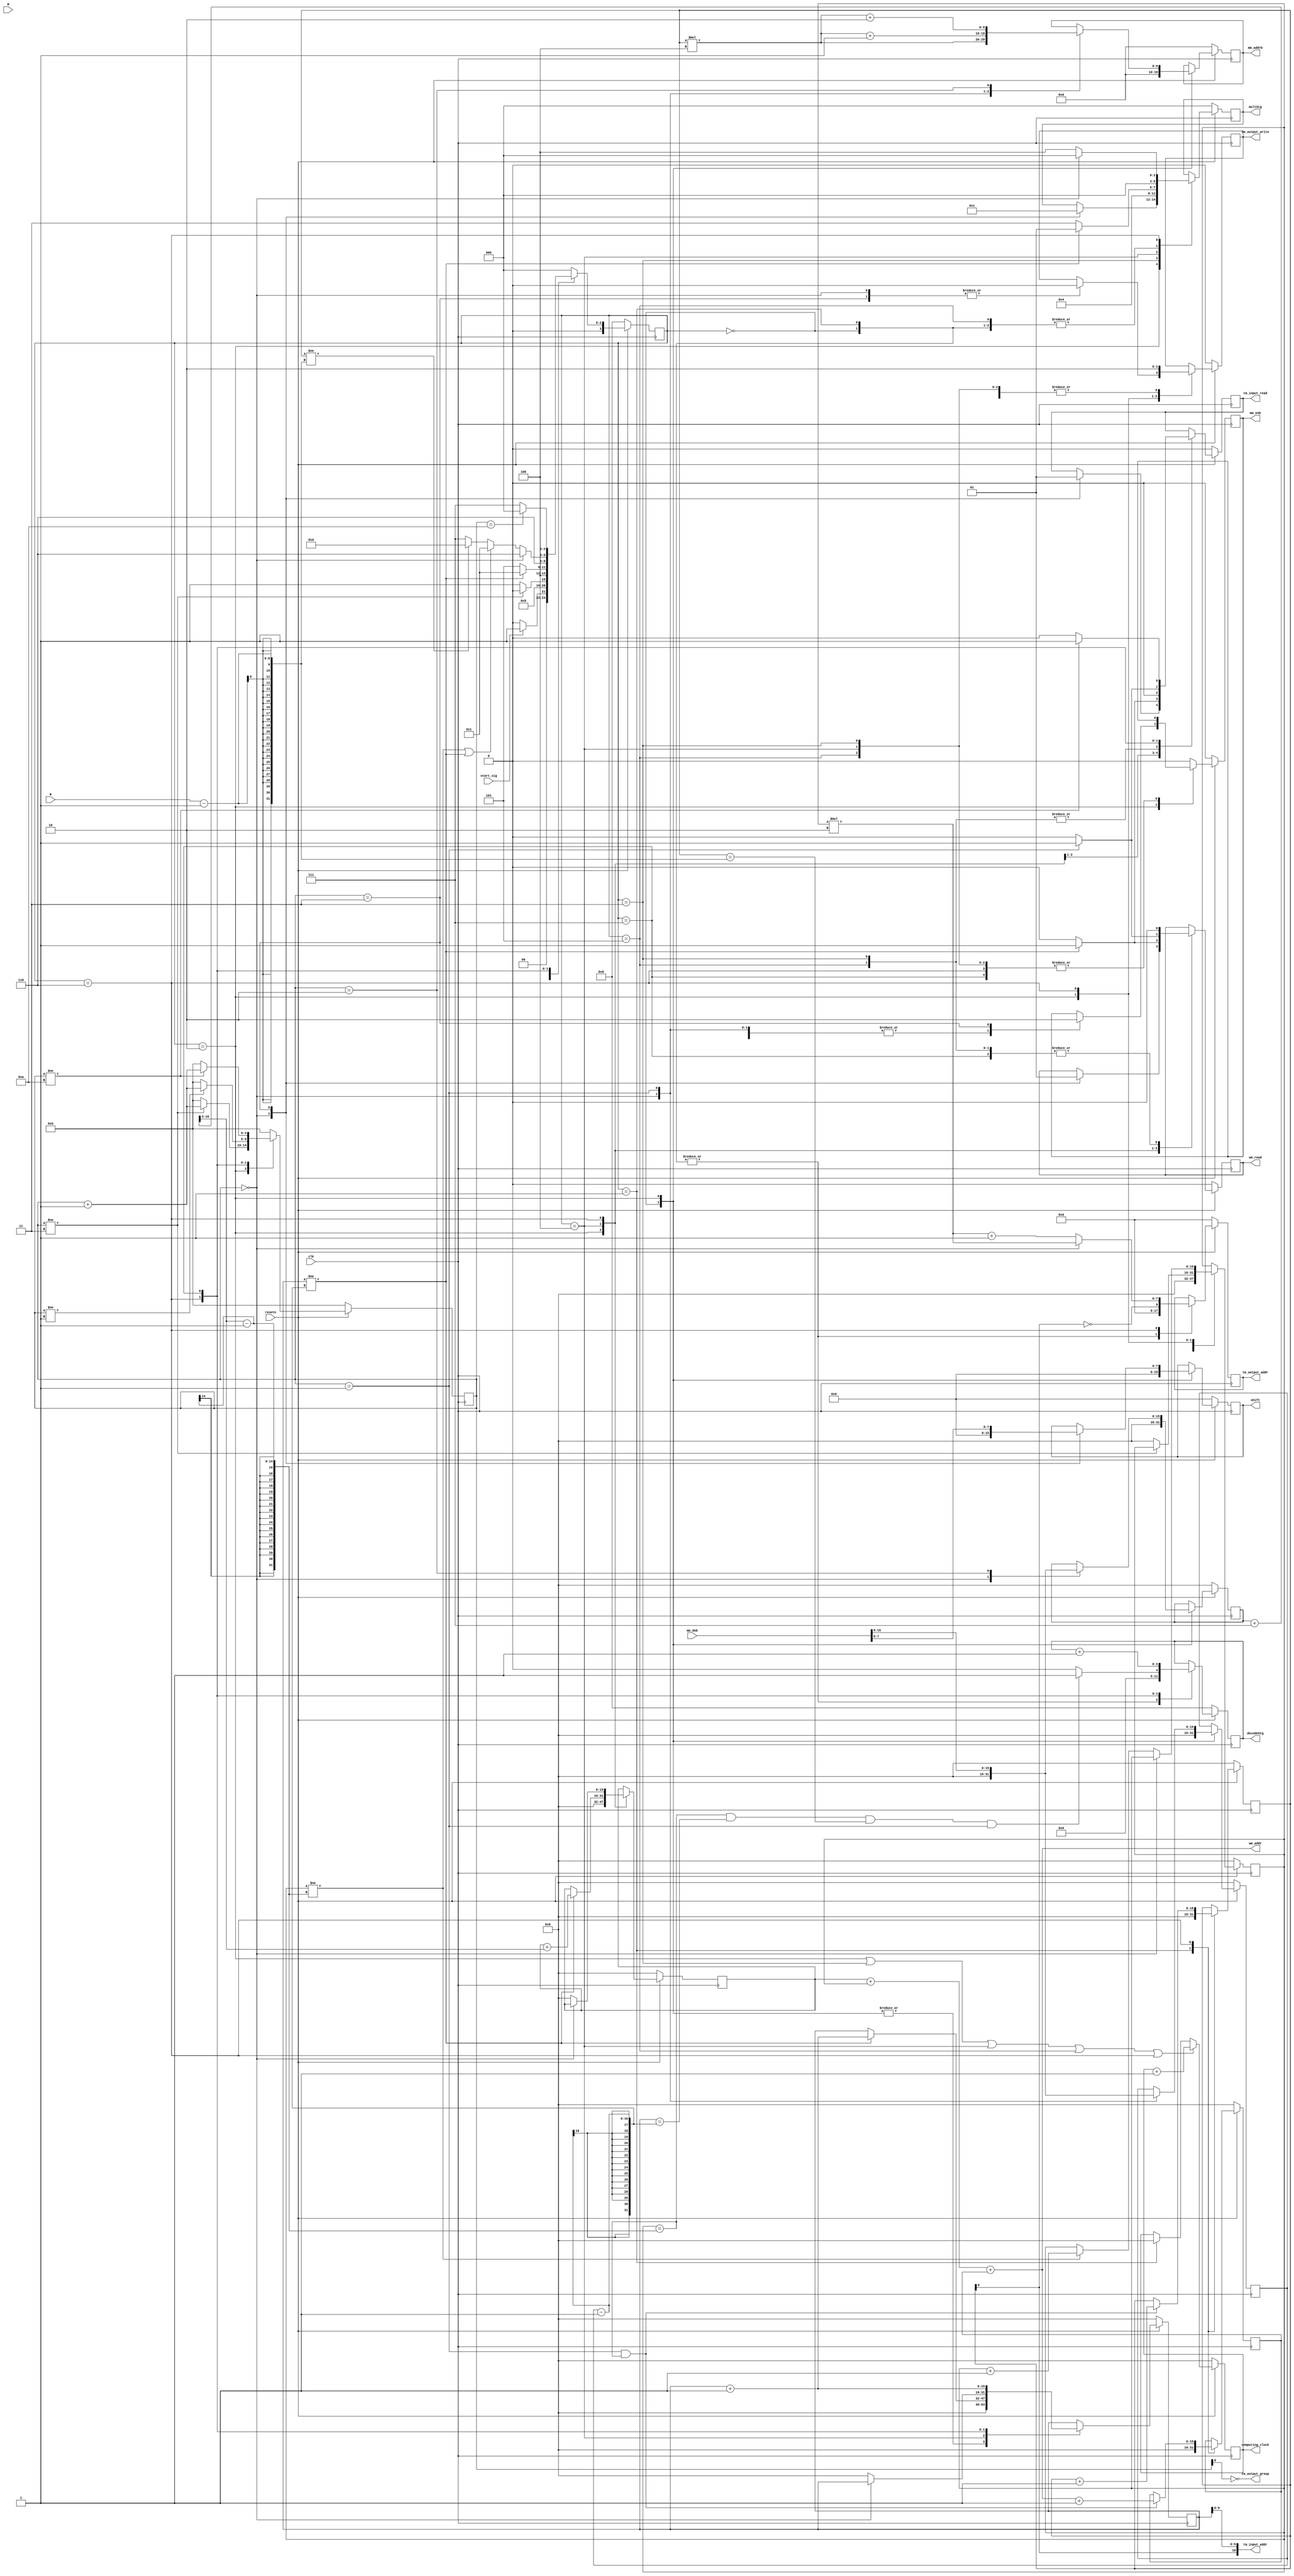
`timescale 1ns / 1ps
//////////////////////////////////////////////////////////////////////////////////
// Company: 
// Engineer: 
// 
// Design Name: 
// Module Name:    controller 
// Project Name: 
// Target Devices: 
// Tool versions: 
// Description: 
//
// Dependencies: 
//
// Revision: 
// Revision 0.01 - File Created
// Additional Comments: 
//
//////////////////////////////////////////////////////////////////////////////////
module Controller
	#(parameter MODEL_ADDR_WIDTH=10, MODEL_DATA_WIDTH=18, MODEL_LOC_SIZE=1024,
					WEIGHT_ADDR_WIDTH=11, WEIGHT_DATA_WIDTH=9, WEIGHT_LOC_SIZE=2048,
					TENSOR_ADDR_WIDTH=9, TENSOR_DATA_WIDTH=36, TENSOR_LOC_SIZE=512,
					OUTPUT_ADDR_OFFSET=256)
	(
	input clk,
	input resetn,
	input [7:0] N,
	input [7:0] M,
	input start_sig,
	
	output reg mm_enb,
	output reg [MODEL_ADDR_WIDTH-1:0] mm_addrb,
	input [MODEL_DATA_WIDTH-1:0] mm_dob,
	
	output reg wm_read,
	output [15:0] wm_addr,
	
	output reg tm_input_read,
	output reg tm_output_write,
	output [TENSOR_ADDR_WIDTH+1:0] tm_input_addr,
	output reg [TENSOR_ADDR_WIDTH-1:0] tm_output_addr,
	output tm_output_group,
	
	output reg [2:0] multStg,
	output reg [7:0] shift,
	
	output reg [3:0] decodeStg,
	
	output reg [15:0] computing_clock
    );

	parameter	Waiting=4'h0,
					Ready=4'h1,
					ReadLInfo=4'h2,
					Multiplying=4'h3,
					Accumulating=4'h4,
					ShtReLU=4'h5,
					WriteBack=4'h6,
					Complete=4'h7;
					
	parameter	Mult_Waiting=3'h0,
					Mult_Multiplying=3'h1,
					Mult_Accumulating=3'h2,
					Mult_Activating=3'h3,
					Mult_MultWithoutAcc=3'h4;
	
	
	reg [3:0] state;
	reg [3:0] next_state;
	reg [15:0] ROWcnt;
	reg [15:0] COLcnt;
	reg [15:0] LAYERcnt;
	reg [4:0] ncnt;
	reg [15:0] COL;
	reg [15:0] ROW;
	
	wire [15:0] COL8;
	wire [18:0] COLadd7;
	assign COLadd7=COL+7;
	assign COL8=COLadd7[18:3];
	reg [15:0] Woffset;
	
	
	wire I;
	assign I=LAYERcnt[0];
	wire [7:0]tmp_tm_output_addr;
	reg [15:0] ROWbyCOL8;
	
	// Command
	assign tm_input_addr={I, ROWcnt[9:0]}; //input memory address
	assign wm_addr=ROWbyCOL8 + COLcnt + Woffset;		//weight memory address
	assign tmp_tm_output_addr = (ncnt==0)?(COLcnt*2):(COLcnt*2 + 8'd1);
	assign tm_output_group=~ncnt;
	always @(posedge clk)
	begin
		if(~resetn)
		begin
			ROW<=0; COL<=0; shift<=0;
			mm_enb<=0; mm_addrb<=0;
			wm_read<=0;
			tm_input_read<=0; tm_output_write<=0;
			tm_output_addr<=0;
			multStg<=Mult_Waiting; decodeStg<=0;
			Woffset<=0;
		end
		else begin
			case(state)
			Waiting:
			begin
				ROW<=0; COL<=0; shift<=0;
				mm_enb<=0; mm_addrb<=0;
				tm_output_addr<=0;
				multStg<=Mult_Waiting; decodeStg<=0;
			end
			Ready:
			begin
				mm_enb<=0;
				tm_output_addr<=0;
				Woffset<=0;
				multStg<=Mult_Waiting; decodeStg<=0;
			end
			ReadLInfo: begin
				case(ncnt)
				0:
				begin
					ROW<=0; COL<=0; shift<=0;
					mm_enb<=1; mm_addrb<=LAYERcnt*4;
					wm_read<=0;
					tm_input_read<=0; tm_output_write<=0;
					multStg<=Mult_Waiting;
				end
				1:
				begin
					ROW<=mm_dob;
					mm_enb<=1; mm_addrb<=LAYERcnt*4+1;
				end
				2:
				begin
					COL<=mm_dob;
					mm_enb<=1; mm_addrb<=LAYERcnt*4+2;
				end
				3:
				begin
					shift<=mm_dob[7:0];
					mm_enb<=0;
					wm_read<=1;
					tm_input_read<=1; tm_output_write<=0;
					multStg<=Mult_Multiplying;
				end
				default: begin end
				endcase
			end
			Multiplying:
			begin
				wm_read<=0;
				tm_input_read<=0; tm_output_write<=0;
				multStg<=Mult_Accumulating;
			end
			Accumulating:
			begin
				wm_read<=(ROWcnt!=ROW-1)?(1):(0);
				tm_input_read<=(ROWcnt!=ROW-1)?(1):(0); tm_output_write<=0;
				multStg<=(ROWcnt!=ROW-1)?(Mult_Multiplying):(Mult_Activating);
			end
			ShtReLU:
			begin
				wm_read<=0;
				tm_input_read<=0; tm_output_write<=0;
				multStg<=Mult_Waiting;
			end
			WriteBack:
			begin
				wm_read<=(ncnt==1)?(1):(0);
				Woffset<=(ncnt==1 && COLcnt==COL8-1)?(wm_addr+1):(Woffset);
				tm_input_read<=(ncnt==1)?(1):(0); tm_output_write<=1; tm_output_addr<={~I, tmp_tm_output_addr};
				multStg<=(ncnt==0)?(Mult_Waiting):(Mult_MultWithoutAcc);
				decodeStg<=(COLcnt==COL8-1 && ROWcnt==ROW-1 && LAYERcnt==N-1 && ncnt==1)?(1):(0);
			end
			Complete:
			begin
				wm_read<=0;
				tm_input_read<=0; tm_input_read<=(ncnt!=10)?(1):(0); tm_output_write<=0;
				decodeStg<=decodeStg+1;
			end
			default: begin mm_enb<=0; end
			endcase
		end
	end
	
	// IntraCount
	always @(posedge clk) begin
		if(~resetn) begin
			ncnt<=0;
			ROWcnt<=0; ROWbyCOL8<=0;
			COLcnt<=0;
			LAYERcnt<=0;
			computing_clock<=0;
		end
		else begin
			case(state)
			Waiting:
			begin
				ncnt<=0;
				ROWcnt<=0;
				COLcnt<=0;
			end
			Ready:
			begin
				ncnt<=0;
				LAYERcnt<=0;
			end
			ReadLInfo:
			begin
				ncnt<=(ncnt!=3)?(ncnt+1):(0);
				ROWcnt<=0; ROWbyCOL8<=0;
				COLcnt<=(ncnt!=3)?(COLcnt):(0);
			end
			Multiplying:
			begin
				ncnt<=0;
			end
			Accumulating:
			begin
				ncnt<=0;
				ROWcnt<=(ROWcnt!=ROW-1)?(ROWcnt+1):(ROWcnt); ROWbyCOL8<=(ROWcnt!=ROW-1)?(ROWbyCOL8+COL8):(ROWbyCOL8);
			end
			ShtReLU:
			begin
				ncnt<=0;
			end
			WriteBack:
			begin
				ncnt<=(ncnt!=1)?(ncnt+1):(0);
				ROWcnt<=(ncnt==0)?(ROWcnt):(0); ROWbyCOL8<=(ncnt==0)?(ROWbyCOL8):(0);
				COLcnt<=(ncnt==0)?(COLcnt):((COLcnt!=COL8-1)?(COLcnt+1):(COLcnt));
				LAYERcnt<=(ncnt==1 && COLcnt==COL8-1)?(LAYERcnt+1):(LAYERcnt);
			end
			Complete:
			begin
				ncnt<=(ncnt!=10)?(ncnt+1):(0);
				ROWcnt<=ROWcnt+1;
			end
			default:
			begin
				ncnt<=0;
			end
			endcase
			
			if(state==ReadLInfo || state==Multiplying || state==Accumulating || state==ShtReLU || state==WriteBack)
				computing_clock<=computing_clock+1;
			else if(state==Ready)
				computing_clock<=0;
			else
				computing_clock<=computing_clock;
		end
	end
	
	// Determine next state
	always @(*) begin
		case(state)
		Waiting:		next_state = (start_sig)?(Ready):(Waiting);
		Ready:		next_state = ReadLInfo;
		ReadLInfo:	next_state = (ncnt!=3)?(ReadLInfo):(Multiplying);
		Multiplying:
						next_state = Accumulating;
		Accumulating:
						next_state = (ROWcnt!=ROW-1)?(Multiplying):(ShtReLU);
		ShtReLU:		next_state = WriteBack;
		WriteBack:	next_state = (ncnt==0)?(WriteBack):(((COLcnt!=COL8-1 || ROWcnt!=ROW-1)?(Multiplying):((LAYERcnt!=N-1)?(ReadLInfo):(Complete))));
		Complete:	next_state = (ncnt==10)?(Waiting):(Complete);
		default:		next_state = Waiting;
		endcase
	end
	
	// State
	always @(posedge clk) begin
		if(~resetn) begin
			state <= Waiting;
		end
		else begin
			state <= next_state;
		end
	end

endmodule